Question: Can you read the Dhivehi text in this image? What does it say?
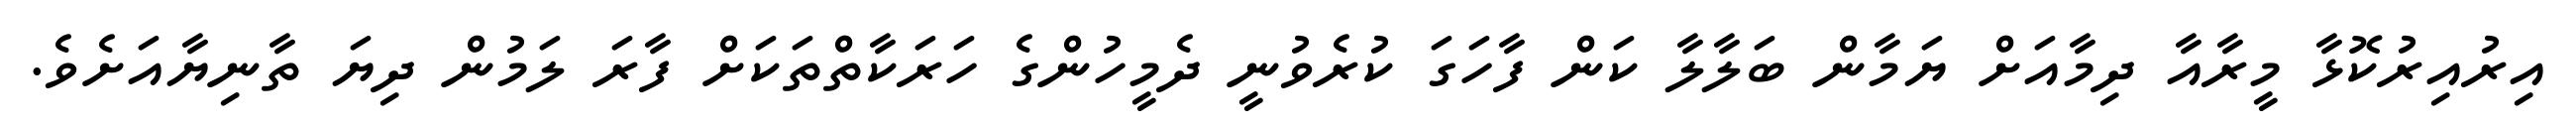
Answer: އިރުއިރުކޮޅާ މީރާއާ ދިމާއަށް ޔަމާން ބަލާލާ ކަން ފާހަގަ ކުރެވުނީ ދެމީހުންގެ ހަރަކާތްތަކަށް ފާރަ ލަމުން ދިޔަ ތާނިޔާއަށެވެ.